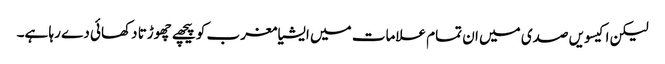
لیکن اکیسویں صدی میں ان تمام علامات میں ایشیا مغرب کو پیچھے چھوڑتا دکھائی دے رہا ہے۔